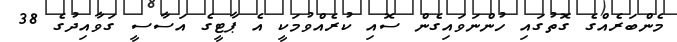
މެންބަރެއްގެ ގޮތުގައި ހުންނަވައިގެން ސޮއި ކުރެއްވުމަކީ އެ ޕާޓީގެ އަސާސީ ގަވާއިދުގެ 38